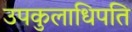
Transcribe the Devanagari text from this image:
उपकुलाधिपति